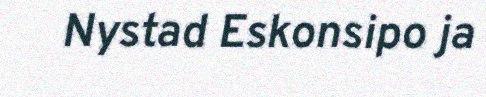
Nystad Eskonsipo ja